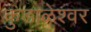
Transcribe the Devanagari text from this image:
कुडाळेश्वर